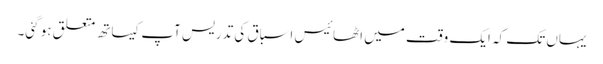
یہاں تک کہ ایک وقت میں اٹھائیس اسباق کی تدریس آپ کیساتھ متعلق ہو گئی۔